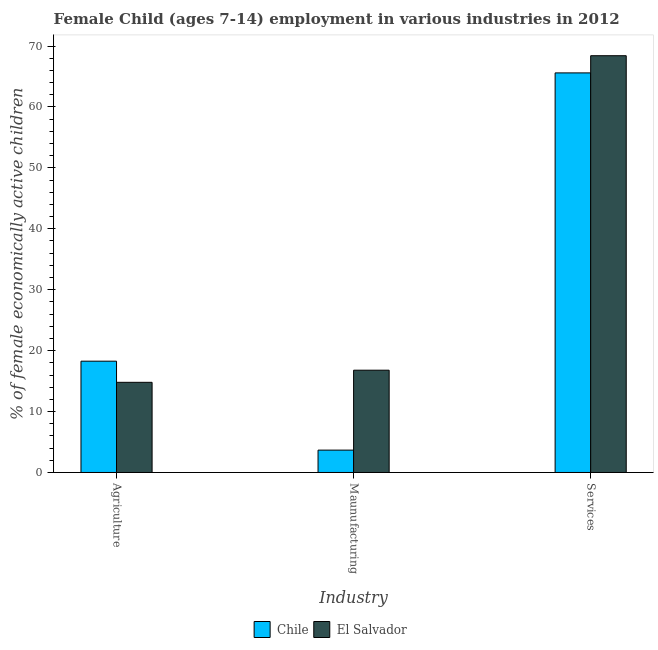
| Industry | Chile | El Salvador |
 | --- | --- | --- |
 | Agriculture | 18.3 | 14.8 |
 | Maunufacturing | 3.67 | 16.8 |
 | Services | 65.6 | 68.4 |